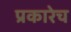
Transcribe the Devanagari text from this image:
प्रकारेच